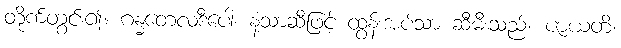
တိုက်တွင်း၍။ ဂန္ဓတေလဒီပေါ၊ နံ့သာဆီဖြင့် ထွန်းအပ်သာ ဆီမီးသည်။ ဇာယတိ၊